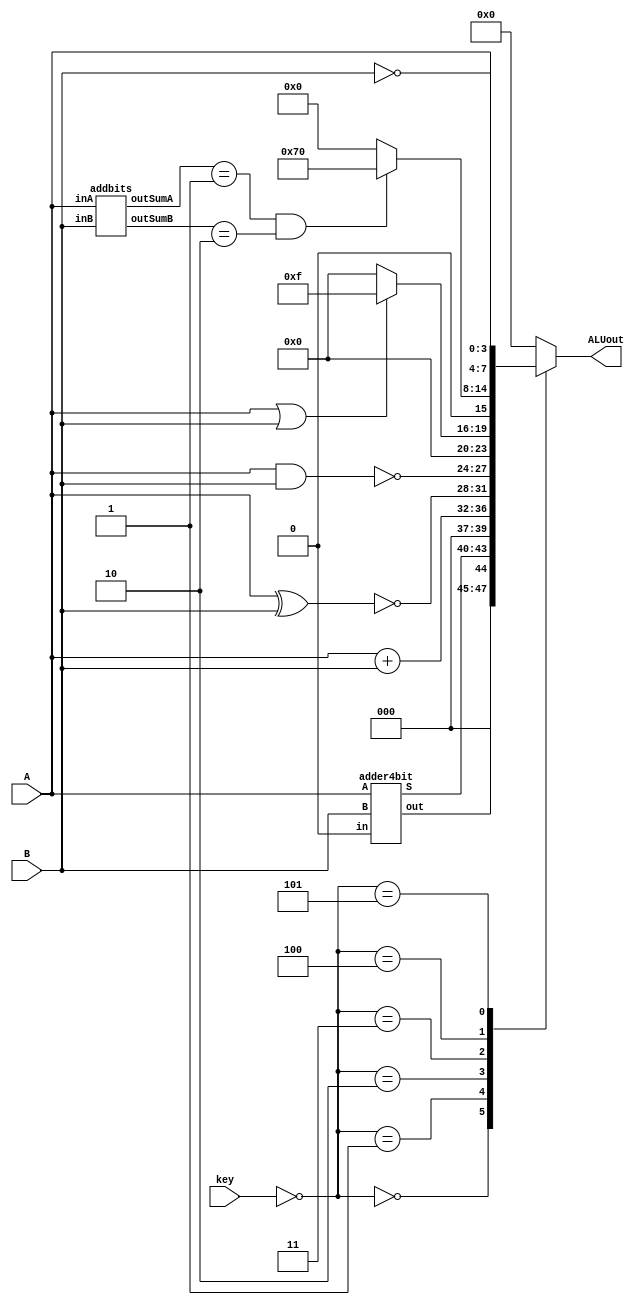
//ALU MODULE
module ALU (input [3:0] A,input [3:0] B, input [2:0] key, output [7:0] ALUout);

	reg [7:0] out; //setting the output for the always to the size of the ALUout
	
	wire [3:0] Sum;
	wire carry;
	wire [3:0] sumA, sumB;

	adder4bit adder(.A(A), .B(B), .in(1'b0), .S(Sum), .out(carry)); 
	addbits U7( .inA(A), .inB(B), .outSumA(sumA), .outSumB(sumB));

	always @(*)
	begin
		case(~key) //the board inverts the press of the buttons so we have to invert it to allow use
			3'd0: out = {3'b000, carry, Sum};//if case 1, use ripple adder
			3'd1: out =  A + B; //if case 2, use the verlog + operator 
			3'd2: out = {~(A^B),~(A&B)}; //if case 3, XNORB the first 4 bits of ALU and ANAND B the rest
			3'd3: out = (A||B)?8'b0001111:8'd0; //if at least one of the bits in inputs are 1
			3'd4: out = ( sumA == 4'b0001 & sumB == 4'b0010 ) ? 8'b1110000 : 8'b00000000; //if exactly 1 bit of the A switches is 1 and 2 bits of the B switches are 1
			3'd5: out = {A, ~B}; // display A switches in the most significant bits first and then the complementing B switches in 4 least significant
			default: out = 8'b00000000; //else do nothing
		endcase
	end
	
	assign ALUout = out;

endmodule



//module to add the bits to get their individual sums
module addbits(input [3:0]inA, inB, output [3:0] outSumA, outSumB);
	
	assign outSumA = inA[3] + inA[2] + inA[1] + inA[0];
	
	assign outSumB = inB[3] + inB[2] + inB[1] + inB[0];
	
endmodule



//main toplevel module
module lab3part3(SW, KEY, LEDR, HEX0, HEX1, HEX2, HEX3, HEX4, HEX5);
	input [7:0] SW;
	input [2:0] KEY;
	output [7:0] LEDR;
	output [6:0] HEX0, HEX1, HEX2, HEX3, HEX4, HEX5;
	reg [3:0] zero = 4'b0000;
	
	wire [3:0] w1, w2;
	
		ALU U1(
		.A(SW[7:4]),
		.B(SW[3:0]),
		.key(KEY),
		.ALUout(LEDR[7:0])
	);
	
	assign {w1, w2} = LEDR;	
	
	segdisplay hex0(
		.in(SW[3:0]),
		.hex(HEX0)
	);
	
	segdisplay hex1(
		.in(zero),
		.hex(HEX1)
	);
	
	segdisplay hex2(
		.in(SW[7:4]),
		.hex(HEX2)
	);
	
	segdisplay hex3(
		.in(zero),
		.hex(HEX3)
	);
	
	segdisplay hex4(
		.in(w2),
		.hex(HEX4)
	);
	
	segdisplay hex5(
		.in(w1),
		.hex(HEX5)
	);
	

endmodule



//module for each fullAdder;code for one adder module
module fullAdder (input a, b, in, output s, out);
	assign s = in^a^b;//^ is the XOR operator
	assign out = (a&b)| (in&a)| (in&b);//outputs the value for carry if one of these 3 conditions are met

endmodule

//module for the entire 4 bit adder
module adder4bit(input [3:0]A,input [3:0]B, input in, output [3:0]S, output out);
	
	wire w1, w2, w3;
	
	fullAdder add1(.a(A[0]), .b(B[0]), .in(Cin), .s(S[0]), .out(w1));
	fullAdder add2(.a(A[1]), .b(B[1]), .in(w1), .s(S[1]), .out(w2));
	fullAdder add3(.a(A[2]), .b(B[2]), .in(w2), .s(S[2]), .out(w3));
	fullAdder add4(.a(A[3]), .b(B[3]), .in(w3), .s(S[3]), .out(Cout));

endmodule
 
//7 segment display cases from truth table
module segdisplay(input[3:0] in, output reg [6:0] hex);
	always @(*)
	begin
		case(in)
			4'h0: hex = 7'b1000000;
			4'h1: hex = 7'b1111001;
			4'h2: hex = 7'b0100100;
			4'h3: hex = 7'b0110000;
			4'h4: hex = 7'b0011001;
			4'h5: hex = 7'b0010010;
			4'h6: hex = 7'b0000010;
			4'h7: hex = 7'b1111000;
			4'h8: hex = 7'b0000000;
			4'h9: hex = 7'b0010000;
			4'hA: hex = 7'b0001000;
			4'hB: hex = 7'b0000011;
			4'hC: hex = 7'b1000110;
			4'hD: hex = 7'b0100001;
			4'hE: hex = 7'b0000110;
			4'hF: hex = 7'b0001110;
			default: hex = 7'b1000000;
		endcase
	end
endmodule